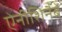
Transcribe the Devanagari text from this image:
ऐनीशिनैबे